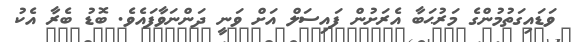
ވަޑައިގަތުމުންގެ މަރުޙަބާ އެރަށުން ފައިސަލް އަށް ވަނީ ދަންނަވާފައެވެ. ބޮޑު ބެރާ އެކު